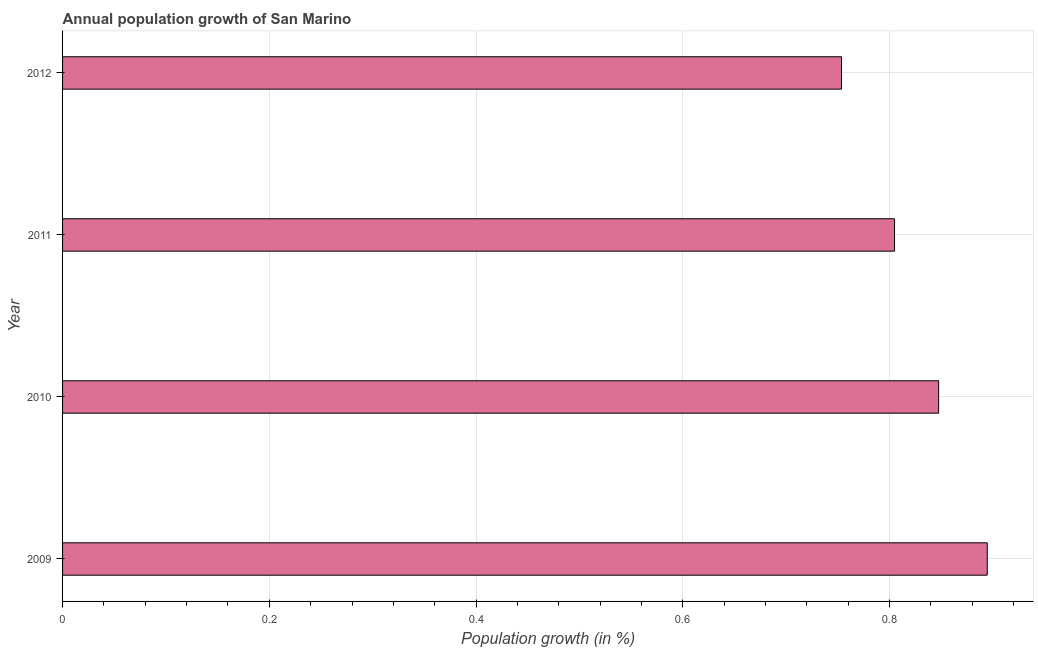
| Year | Population growth |
 | --- | --- |
 | 2009 | 0.895 |
 | 2010 | 0.848 |
 | 2011 | 0.805 |
 | 2012 | 0.754 |